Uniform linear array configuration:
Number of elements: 4
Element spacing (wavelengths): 1
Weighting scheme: exponential
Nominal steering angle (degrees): -30
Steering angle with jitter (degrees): -30.459
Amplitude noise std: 0.05
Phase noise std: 0.05

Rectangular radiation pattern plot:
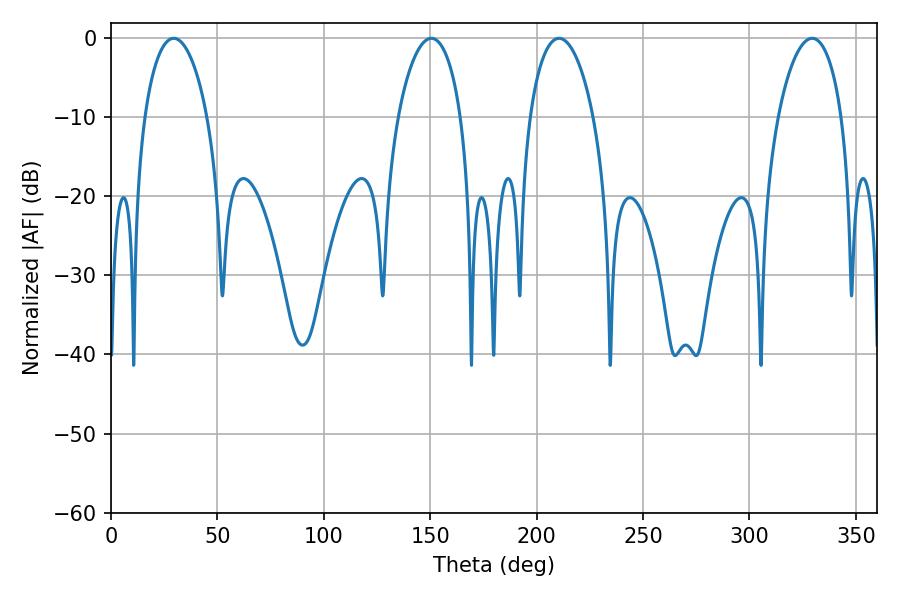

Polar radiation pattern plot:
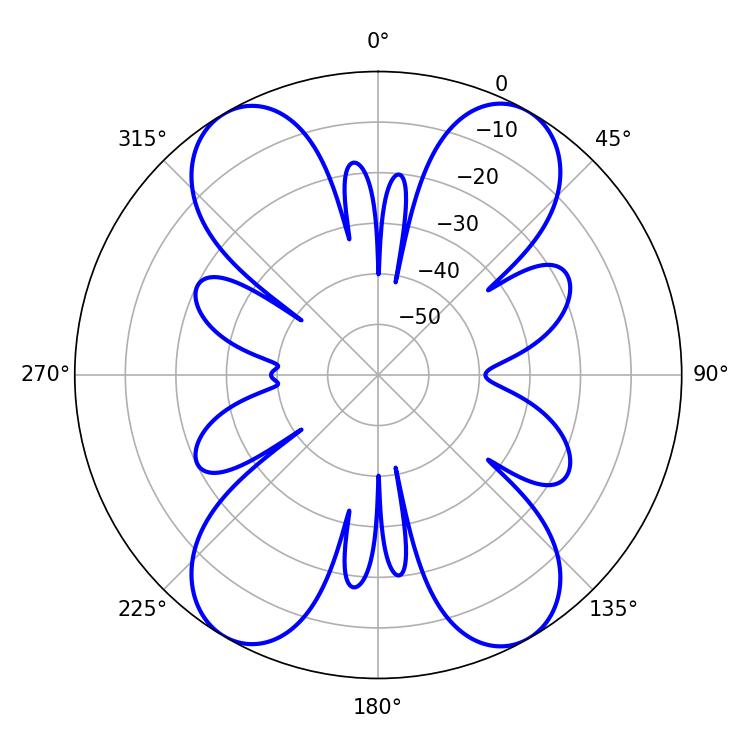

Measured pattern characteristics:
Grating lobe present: TRUE
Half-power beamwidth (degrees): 16.74
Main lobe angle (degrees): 29.52